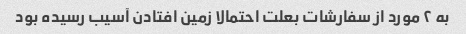
به ۲ مورد از سفارشات بعلت احتمالا زمین افتادن آسیب رسیده بود